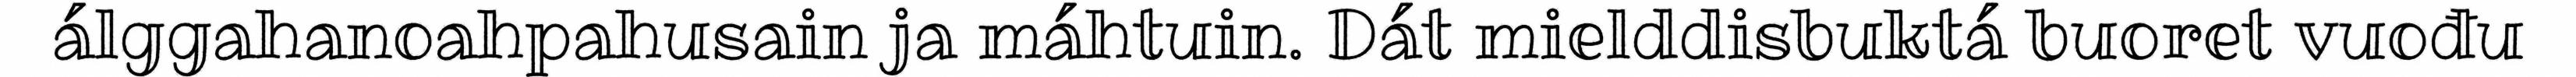
álggahanoahpahusain ja máhtuin. Dát mielddisbuktá buoret vuođu